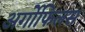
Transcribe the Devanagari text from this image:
अर्गोफिलस